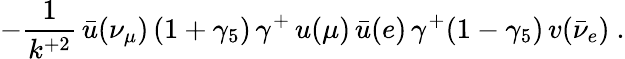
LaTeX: -\frac{1}{k^{+2}}\, {\bar{u}}(\nu_{\mu})\, (1+\gamma_{5})\, \gamma^{+}\, u(\mu)\, {\bar{u}}(e)\, \gamma^{+}(1-\gamma_{5})\, v({\bar{\nu}}_{e})\ .